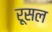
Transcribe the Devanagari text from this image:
रूसल